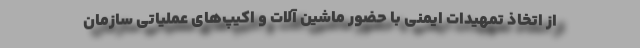
از اتخاذ تمهیدات ایمنی با حضور ماشین آلات و اکیپ‌های عملیاتی سازمان